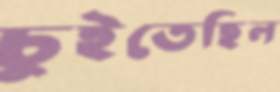
চুইতেছিল